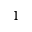
^ 1